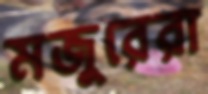
মজুরেরা